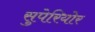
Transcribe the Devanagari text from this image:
सुपेरियोर